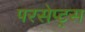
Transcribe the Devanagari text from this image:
परसेप्ट्स